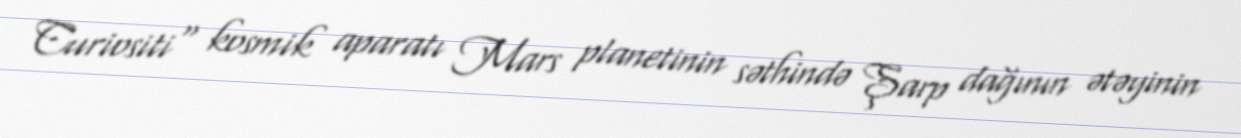
Curiositi" kosmik aparatı Mars planetinin səthində Şarp dağının ətəyinin